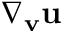
\nabla _ { \mathbf { v } } \mathbf { u }